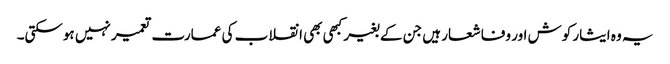
یہ وہ ایثار کوش اور وفا شعار ہیں جن کے بغیر کبھی بھی انقلاب کی عمارت تعمیر نہیں ہوسکتی۔